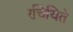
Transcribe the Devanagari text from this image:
रचियिते